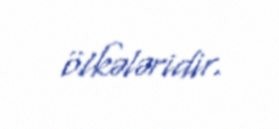
ölkələridir.